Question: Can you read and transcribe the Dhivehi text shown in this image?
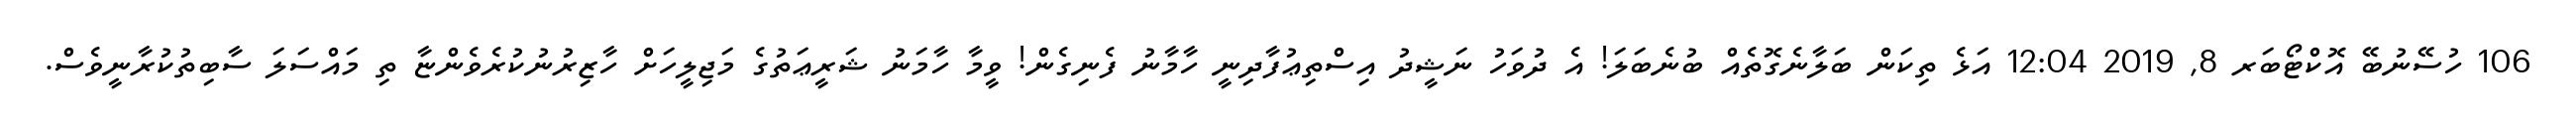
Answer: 106 ހުސޭނުބޭ އޮކްޓޯބަރ 8, 2019 12:04 އަޅެ ތިކަން ބަލާނެގޮތެއް ބުނެބަލަ! އެ ދުވަހު ނަޝީދު އިސްތިޢުފާދިނީ ހާމާނު ފެނިގެން! ވީމާ ހާމަނު ޝަރީޢަތުގެ މަޖިލީހަށް ހާޒިރުނުކުރެވެންޏާ ތި މައްސަލަ ސާބިތުކުރާނީވެސް.